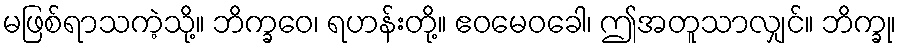
မဖြစ်ရာသကဲ့သို့။ ဘိက္ခဝေ၊ ရဟန်းတို့။ ဧဝမေဝခေါ၊ ဤအတူသာလျှင်။ ဘိက္ခု၊